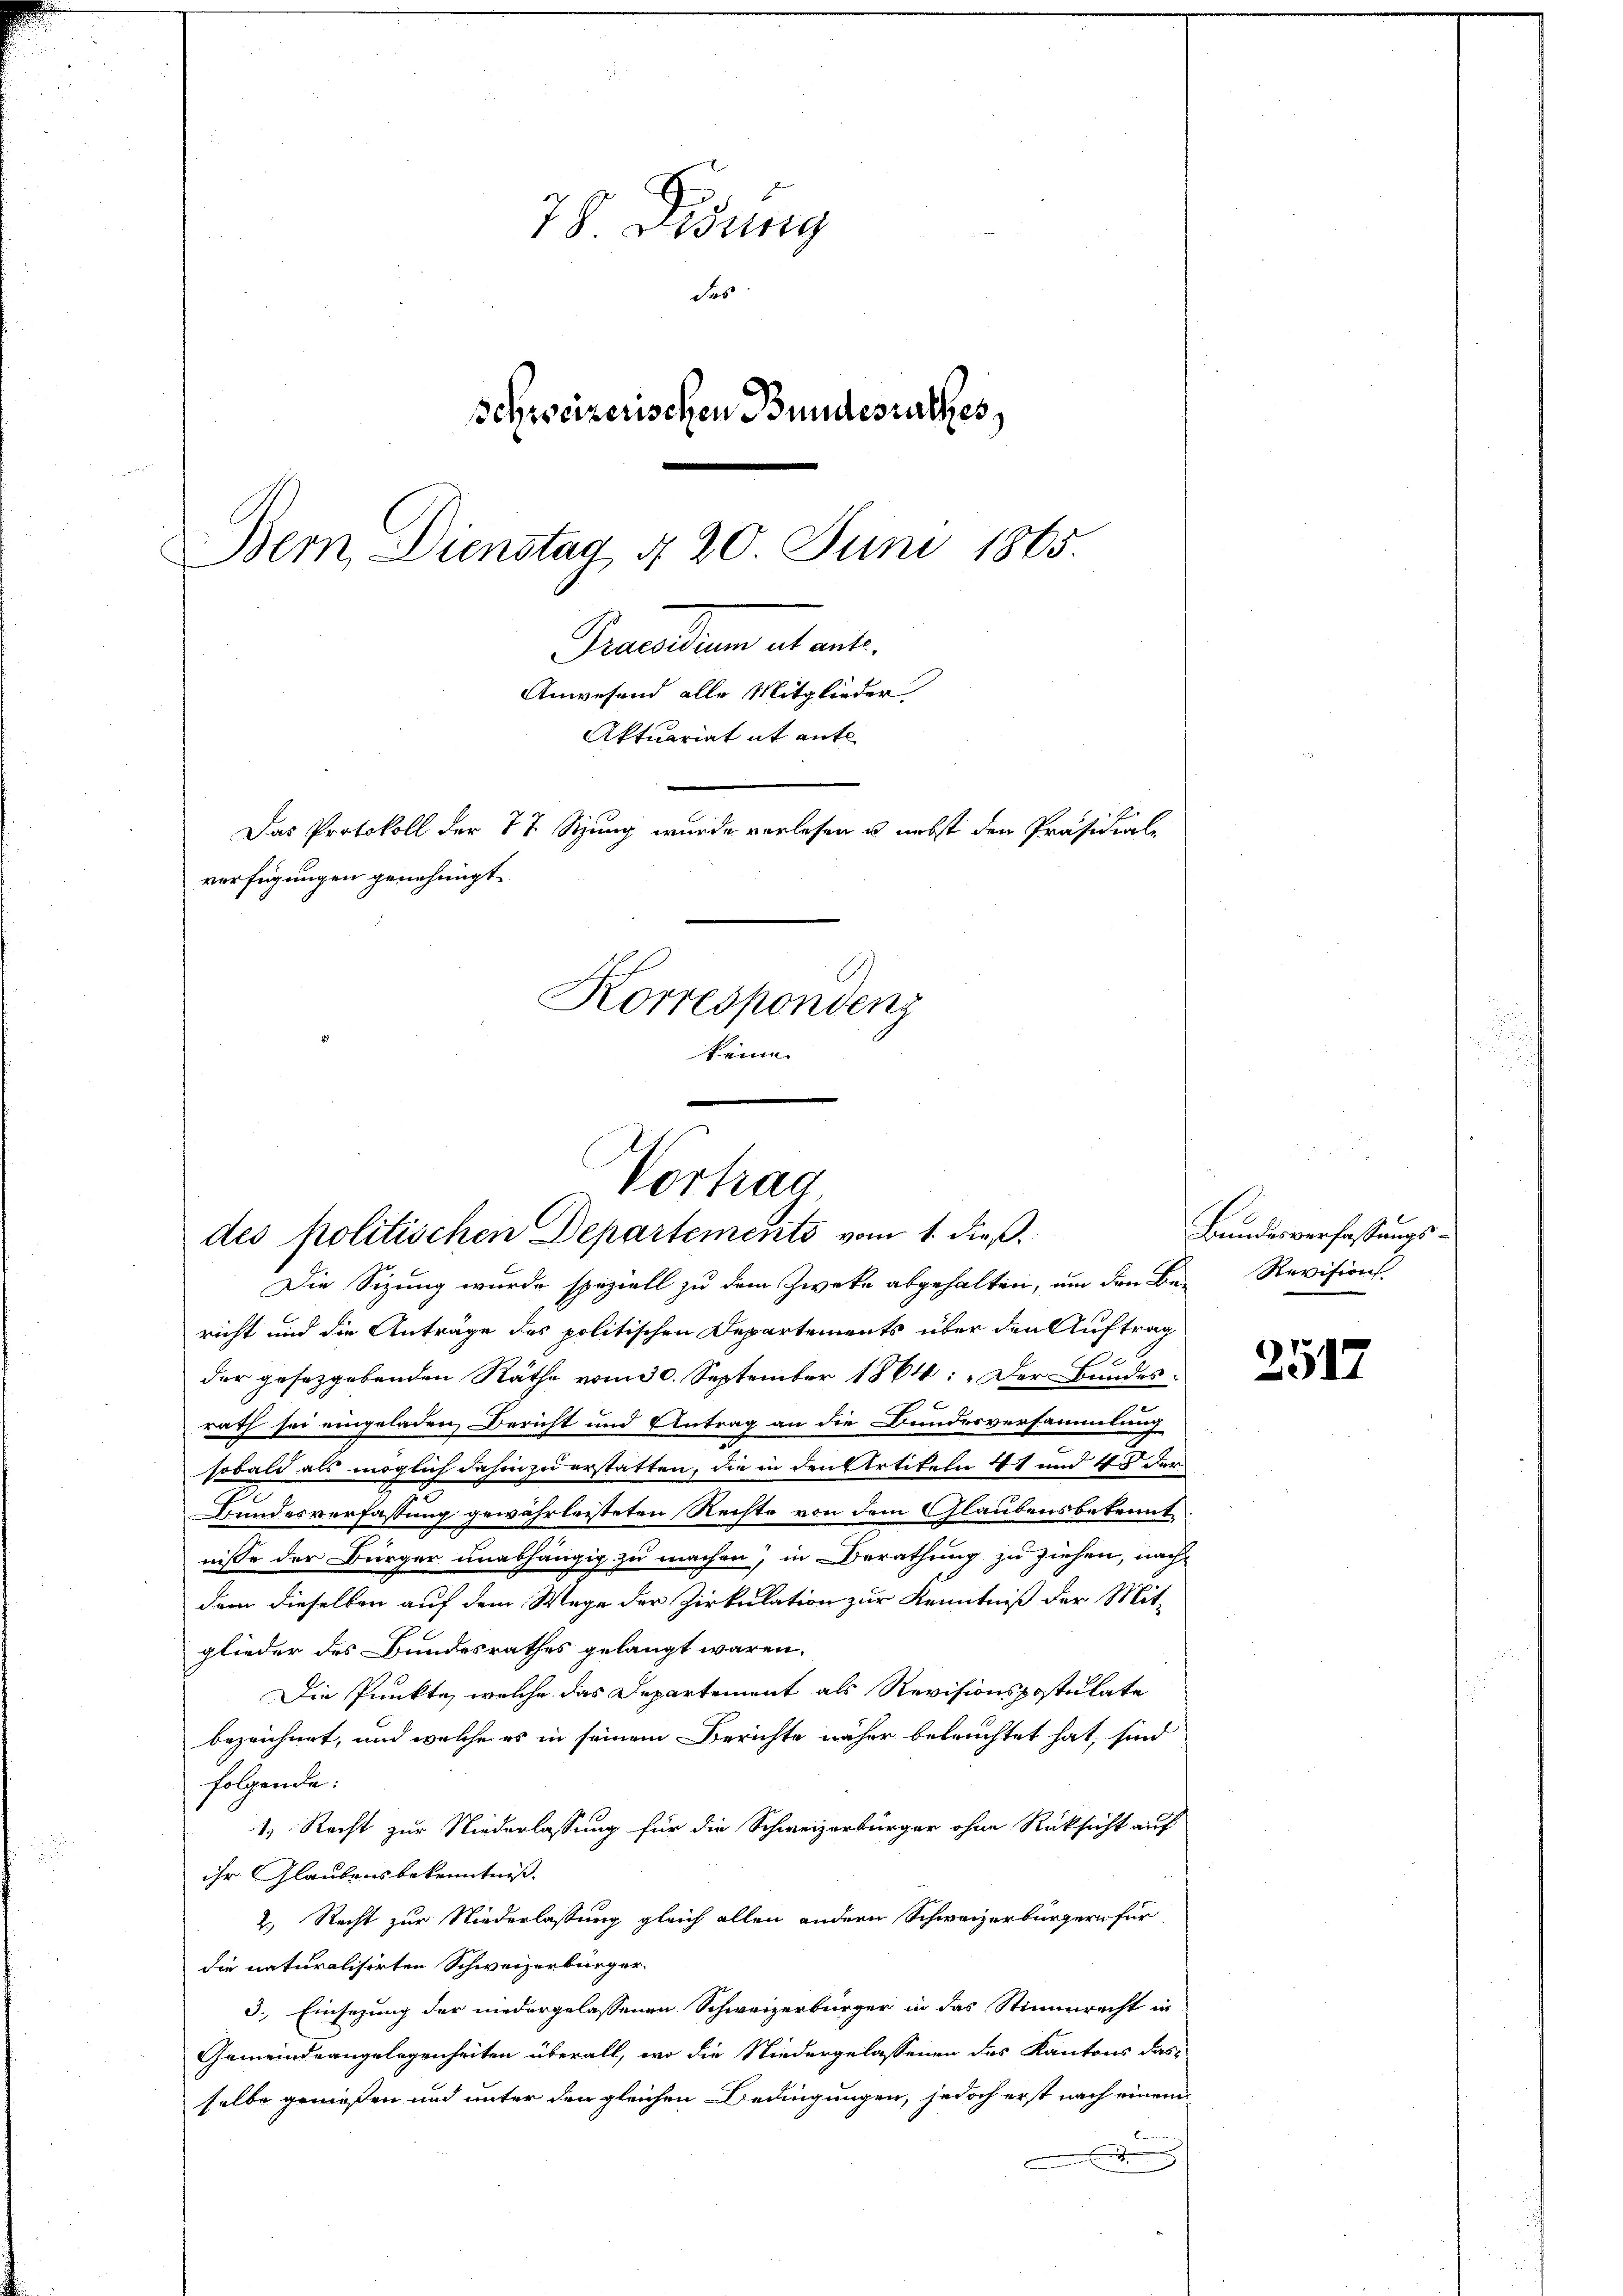
78 Didung
das
schweizerischen Bundesrathes,
Grandern untert.
Anwesend alle Mitglieder
Aktuariat it ente
Das Protokoll der 77 Sizung wurde verlesen u. nebst den Präsidial-
verfügungen genehmigt.
Korrespondenz
keine

Bern, Dienstag d. 20. Juni 1865.

Vortrag
des politischen Departements vom 1. dieß.

Die Sizung wurde speziell zu dem Zweke abgehalten, um den Be- Revision
richt und die Anträge des politischen Departements über den Auftrag
der gesetzgebenden Räthe vom 30. September 1864: „Der Bundesrath sei eingeladen Bericht und Antrag an die Bundesversammlung
sobald als möglich dahin zu erstatten, die in den Artikeln 41 und 45 der
Bundesverfassung gewährleisteten Rechte von dem Glaubensbekennt
nisse der Bürger unabhängig zu machen, in Berathung zu ziehen, nach
dem dieselben auf dem Wege der Zirkulation zur Kenntniß der Mit-
glieder des Bundesrathes gelangt waren.
Die Punkte, welche das Departement als Revisionspostulate
bezeichnet, und welche es in seinem Berichte näher beleuchtet hat, sind
folgende:
1. Recht zur Niederlassung für die Schweizerbürger ohne Rüksicht auf
ihr Glaubensbekenntniss.
2. Recht zur Niederlassung gleich allen andern Schweizerbürgern für
die naturalisirten Schweizerbürger.
3. Einsezung der niedergelassenen Schweizerbürger in das Stimmrecht in
Gemeindeangelegenheiten überall, wo die Niedergelassenen des Kantons das
selbe genießen und unter den gleichen Bedingungen, jedoch erst nach einer
.

e
Bundesverfassungs¬

2517